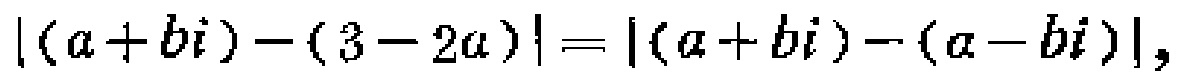
\(|(a + bi) - (3 - 2a)| = |(a + bi) - (a - bi)|\)